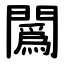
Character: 䦱